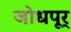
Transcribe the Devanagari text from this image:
जोधपूर्